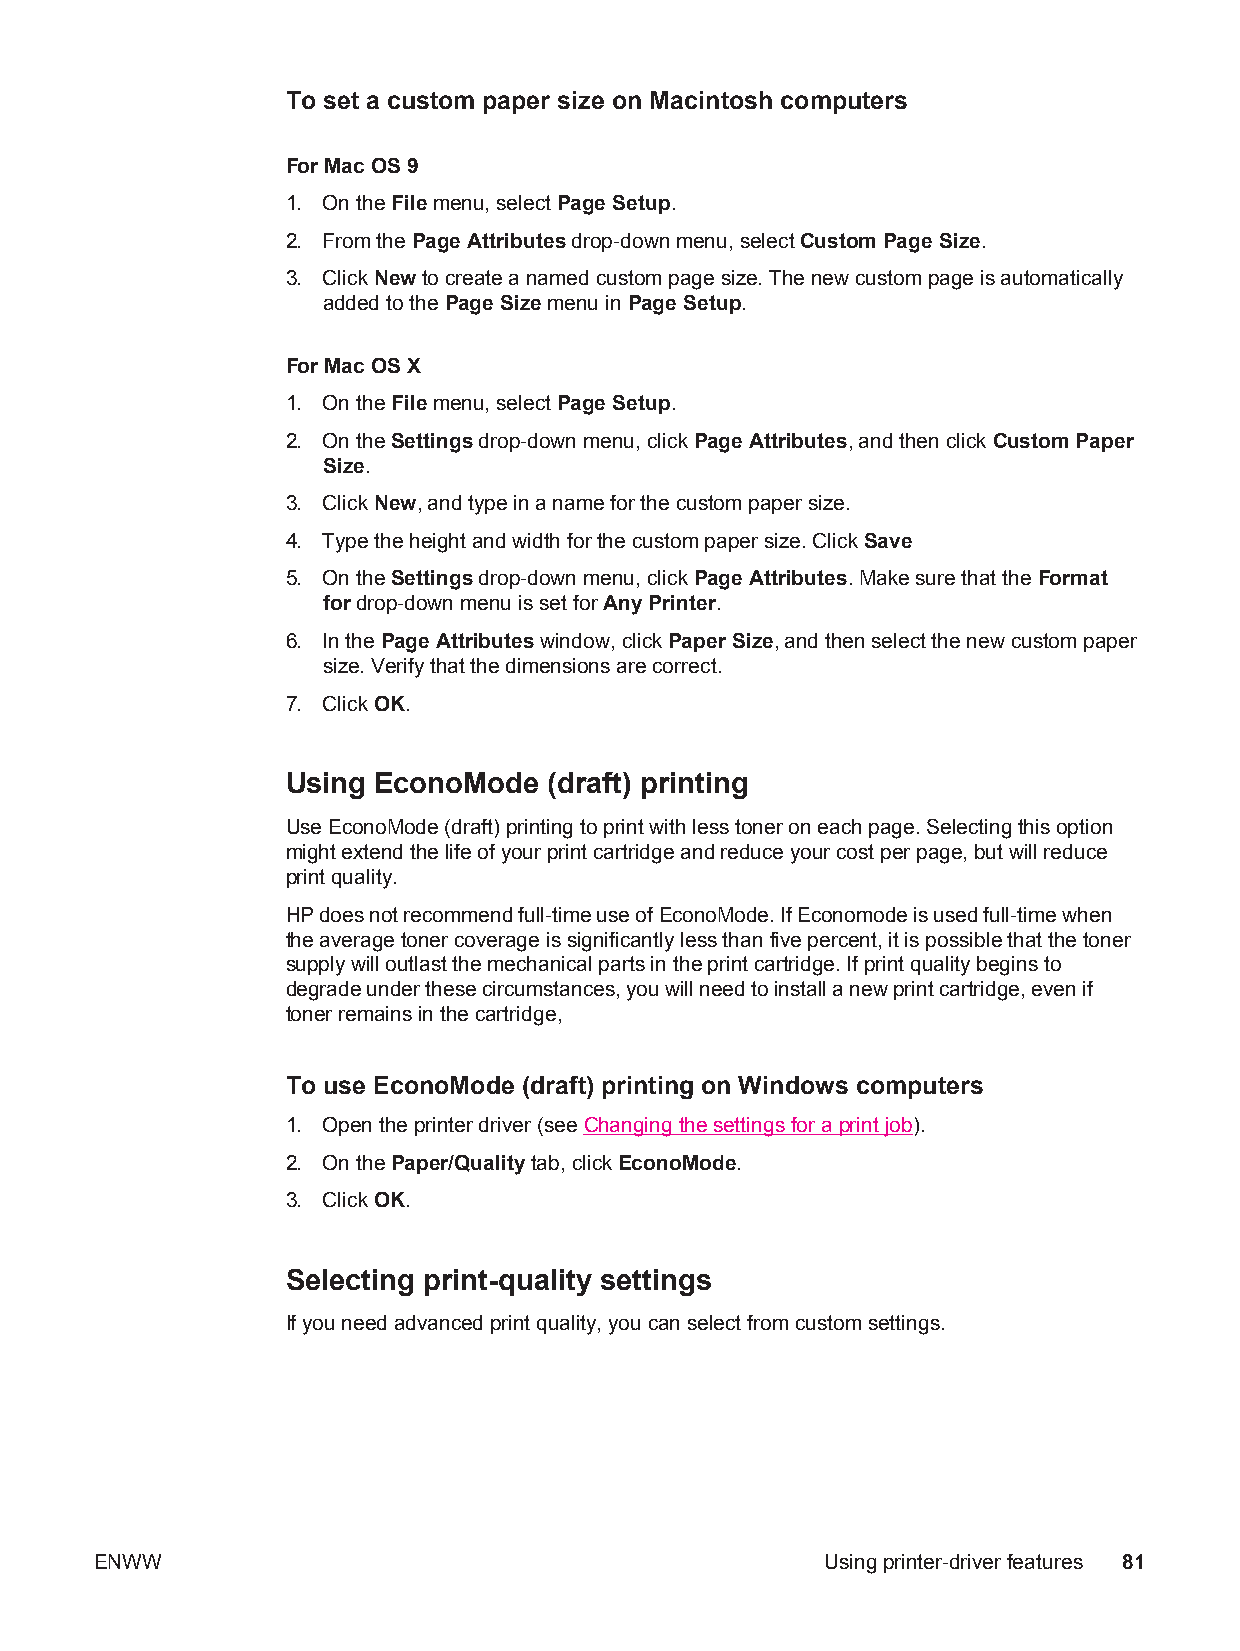
To set a custom paper size on Macintosh computers
 For Mac OS 9
 1. On the File menu, select Page Setup.
 2. From the Page Attributes drop-down menu, select Custom Page Size.
 3. Click New to create a named custom page size. The new custom page is automatically
 added to the Page Size menu in Page Setup.
 For Mac OS X
 1. On the File menu, select Page Setup.
 2. On the Settings drop-down menu, click Page Attributes, and then click Custom Paper
 Size.
 3. Click New, and type in a name for the custom paper size.
 4. Type the height and width for the custom paper size. Click Save
 5. On the Settings drop-down menu, click Page Attributes. Make sure that the Format
 for drop-down menu is set for Any Printer.
 6. In the Page Attributes window, click Paper Size, and then select the new custom paper
 size. Verify that the dimensions are correct.
 7. Click OK.
 Using EconoMode  (draft) printing
 Use EconoMode (draft) printing to print with less toner on each page. Selecting this option
 might extend the life of your print cartridge and reduce your cost per page, but will reduce
 print quality.
 HP does not recommend full-time use of EconoMode. If Economode is used full-time when
 the average toner coverage is significantly less than five percent, it is possible that the toner
 supply will outlast the mechanical parts in the print cartridge. If print quality begins to
 degrade under these circumstances, you will need to install a new print cartridge, even if
 toner remains in the cartridge,
 To use EconoMode (draft) printing on Windows computers
 1. Open the printer driver (see Changing the settings for a print job).
 2. On the Paper/Quality tab, click EconoMode.
 3. Click OK.
 Selecting print-quality settings
 If you need advanced print quality, you can select from custom settings.
 ENWW                                             Using printer-driver features 81